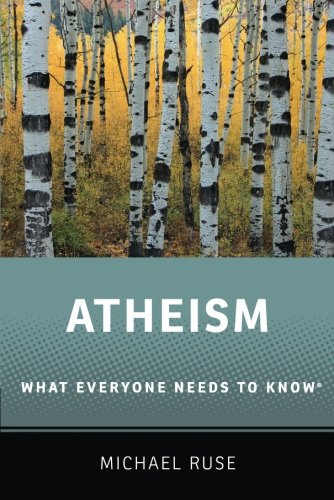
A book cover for Atheism: What Everyone Needs to KnowÂ®; Michael Ruse; Religion & Spirituality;